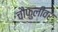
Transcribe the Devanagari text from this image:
चौफुलीवर